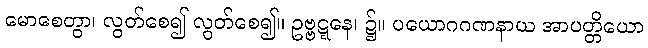
မောစေတွာ၊ လွတ်စေ၍ လွတ်စေ၍။ ဥဗ္ဗဋ္ဋနေ၊ ၌။ ပယောဂဂဏနာယ အာပတ္တိယော